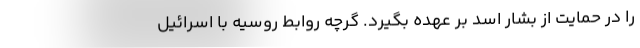
را در حمایت از بشار اسد بر عهده بگیرد. گرچه روابط روسیه با اسرائیل